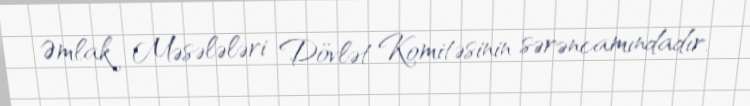
Əmlak Məsələləri Dövlət Komitəsinin sərəncamındadır.